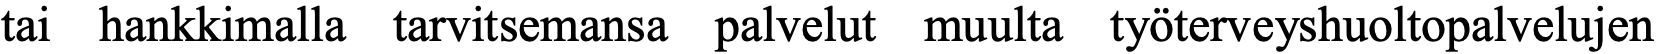
tai hankkimalla tarvitsemansa palvelut muulta työterveyshuoltopalvelujen